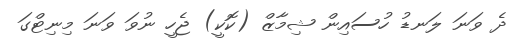
ދެ ވަނަ ލަނޑު ހުސައިން ޝިމާޒް (ކޮކީ) ޖެހީ ނުވަ ވަނަ މިނިޓްގަ